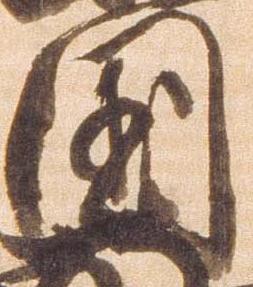
国